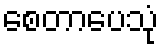
စေတာပေသုံ